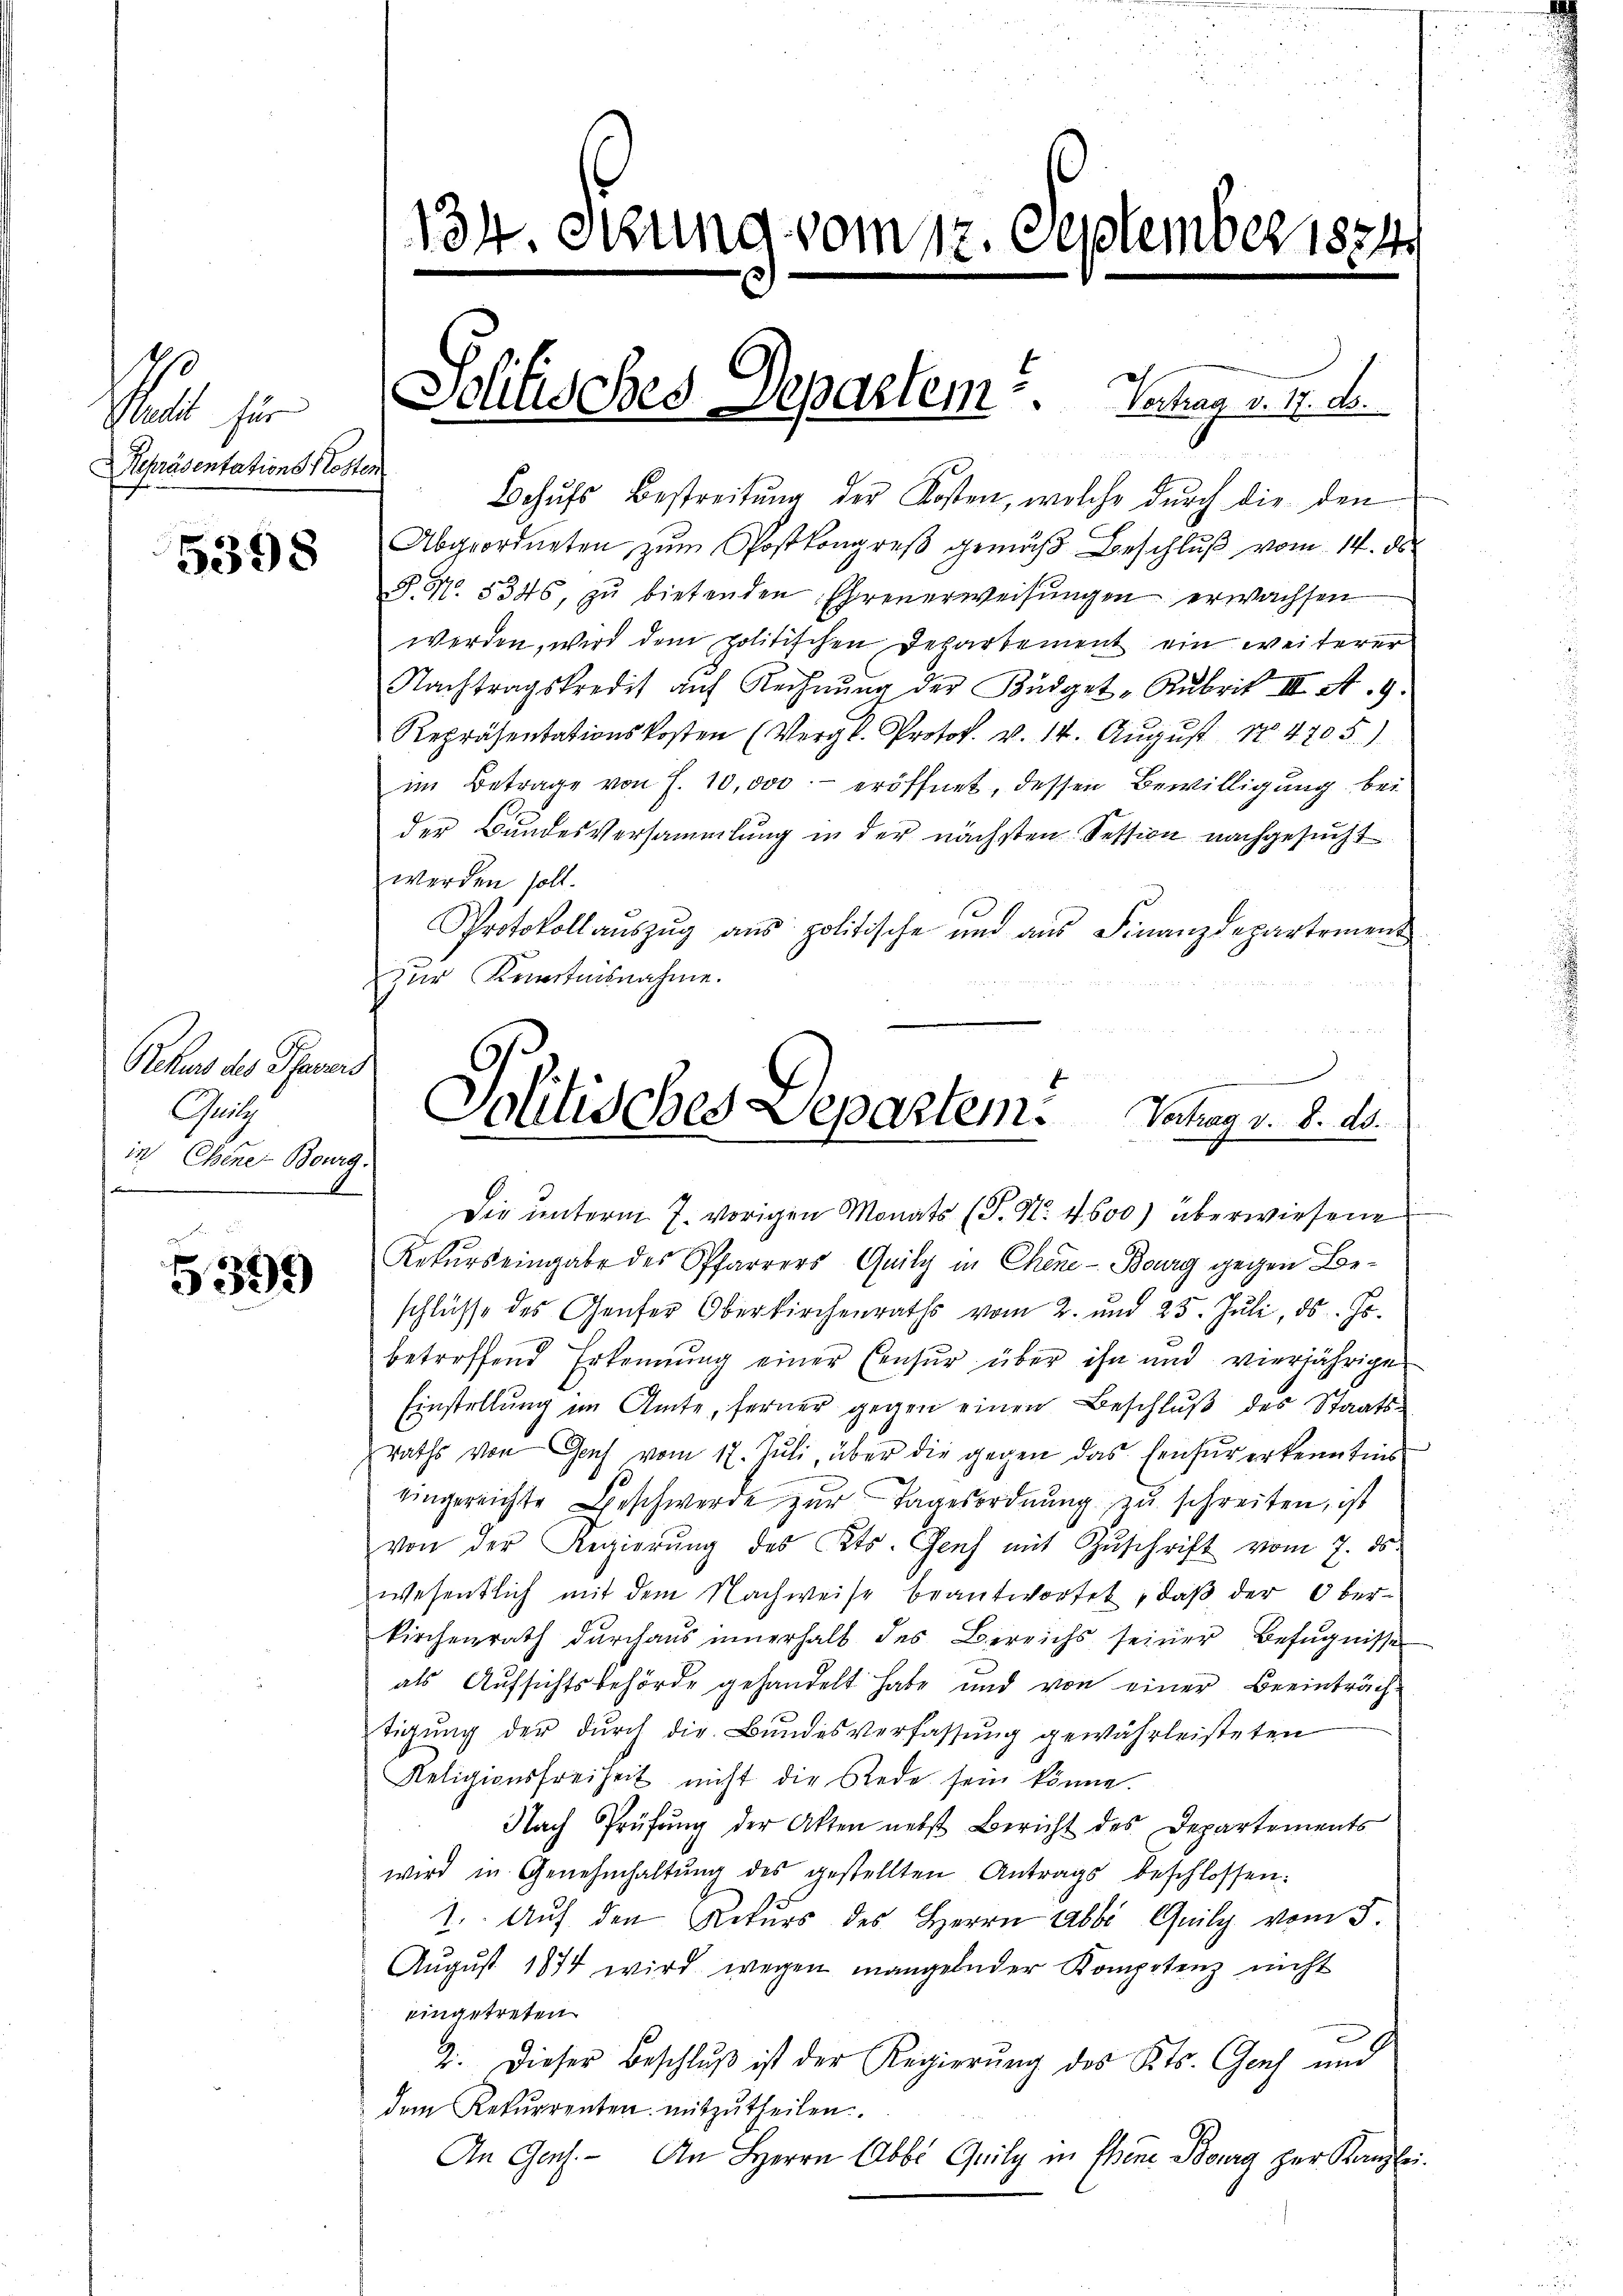
Repräsentations Klosten

5398

5399

Rekurs des Phasers
Gutg
in Chene Bourg.

2
134. Stung vom 17. September 1834.

Behŭfs Bestreitŭng der Kosten, welche durch die den
Abgeordneten zum Postkongreß gemäß Beschluß vom 14. ds.

Schilisches Departem . .   Schlag v. 4. d.

§. N. 5346, zŭ bietenden Ehrenerweisŭngen erwachsen
werden, wird dem politischen Departement ein weiterer
Nachtragskredit auf Rechnŭng der Küdget-Rubrik III. A. 9.
Repräsentationskosten (Vergl. Protok. v. 14. Aŭgŭst 174705.)
im Betrage von J. 10,000 eröffnet, dessen Bewilligung bei
der Bundesversammlung in der nächsten Session nachgesucht
werden soll.
Protokoll aŭszŭg ans politische und aŭs Finanzdepartement
zur Kenntnisnahme.

Politisches Departem. Schlag v. 8. ds.
Die unterm 7. vorigen Monats (T. N. 4600) überwiesene

Rekurs eingabe des Pfarrers Quily in Chene - Bourg gegen Beschlüsse des Genfer Oberkirchenraths vom 2. und 25. Jŭli, d. Js.
betreffend Erkennung einer Censur über ihn und vierjährige
Einstellung im Amte, ferner gegen einen Beschluß des Staatsraths von Genf vom 17. Juli, über die gegen das Einfür erkenntnis
eingereichte Beschwerde zur Tagesordnung zu schreiten, ist
von der Regierŭng des Kts. Genf mit Zŭschrift vom 7. ds.
wesentlich mit dem Nachweise beantwortet, daß der Oberkirchenrath durchaus innerhalb des Bereichs seiner Befugnisse
als Aufsichtsbehörde gehandelt habe und von einer Beeinträchtigung der durch die Bundesverfassung gewährleisteten
Religionsfreiheit nicht die Rede sein könne.
Nach Prüfŭng der Akten nebst Bericht des Departements
wird in Genehmhaltŭng des gestellten Antrags beschlossen:
1. Auf den Rekurs des Herrn Abbi Quily vom 5.
Aŭgŭst 1874 wird wegen mangelnder Kompetenz nicht
eingetreten
2. Dieser Beschluß ist der Regierung des Kts. Genf und
dem Rekurrenten mitzŭtheilen.
An Ges. - An Herrn Abbi Quily in Ehene Bourg zur Kanzlei